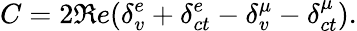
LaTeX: C=2\Re e(\delta_{v}^{e}+\delta_{ct}^{e}-\delta_{v}^{\mu}-\delta_{ct}^{\mu}).